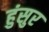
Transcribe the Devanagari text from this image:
हुंसुर